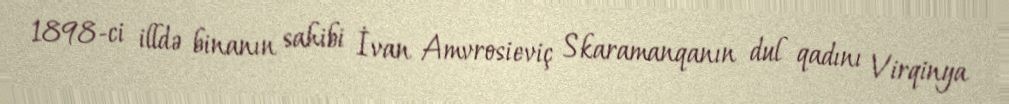
1898-ci illdə binanın sahibi İvan Amvrosieviç Skaramanqanın dul qadını Virqinya